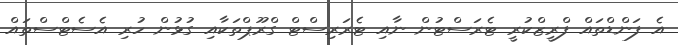
އެ ފަންޑްތައް ފްރީޒްކުރީ ޓެރަސްޓުން ނާއި ޓެރަރިސްޓް ގްރޫޕްތަކާއި ގުޅުން ހުރި އެސެޓްސްތައް